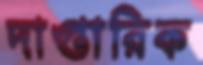
দাপ্তারিক